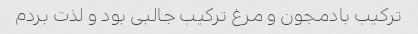
ترکیب بادمجون و مرغ ترکیب جالبی بود و لذت بردم